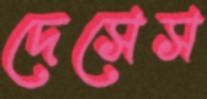
দেসেস